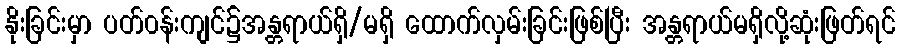
နိုးခြင်းမှာ ပတ်၀န်းကျင်၌အန္တရာယ်ရှိ/မရှိ ထောက်လှမ်းခြင်းဖြစ်ပြီး အန္တရာယ်မရှိလို့ဆုံးဖြတ်ရင်